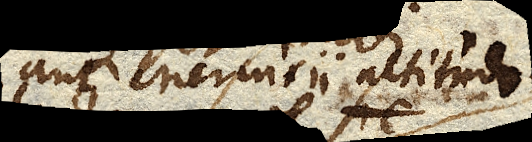
aut Mercurii altitudo